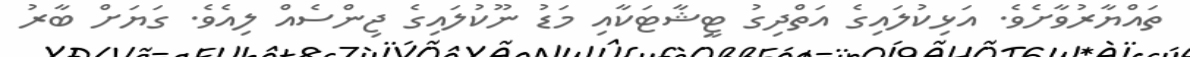
ތައްޔާރުވާށެވެ. އަޅިކުލައިގެ އަތްދިގު ޓީޝާޓަކާއި މަޑު ނޫކުލައިގެ ޖިންސެއް ލިއެވެ. ގަޔަށް ބާރު